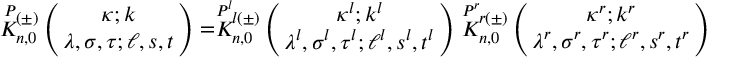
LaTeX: \stackrel { P } { K } { } \! \! _ { n , 0 } ^ { ( \pm ) } \left( \begin{array} { c } { { \! \! \kappa ; k \! \! } } \\ { { \! \! \lambda , \sigma , \tau ; \ell , s , t \! \! } } \end{array} \right) = \stackrel { P ^ { l } } { K } { } \! \! _ { n , 0 } ^ { l ( \pm ) } \left( \begin{array} { c } { { \! \! \kappa ^ { l } ; k ^ { l } \! \! } } \\ { { \! \! \lambda ^ { l } , \sigma ^ { l } , \tau ^ { l } ; \ell ^ { l } , s ^ { l } , t ^ { l } \! \! } } \end{array} \right) \stackrel { P ^ { r } } { K } { } \! \! _ { n , 0 } ^ { r ( \pm ) } \left( \begin{array} { c } { { \! \! \kappa ^ { r } ; k ^ { r } \! \! } } \\ { { \! \! \lambda ^ { r } , \sigma ^ { r } , \tau ^ { r } ; \ell ^ { r } , s ^ { r } , t ^ { r } \! \! } } \end{array} \right)